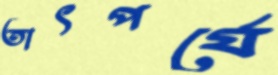
তাৎপর্যে